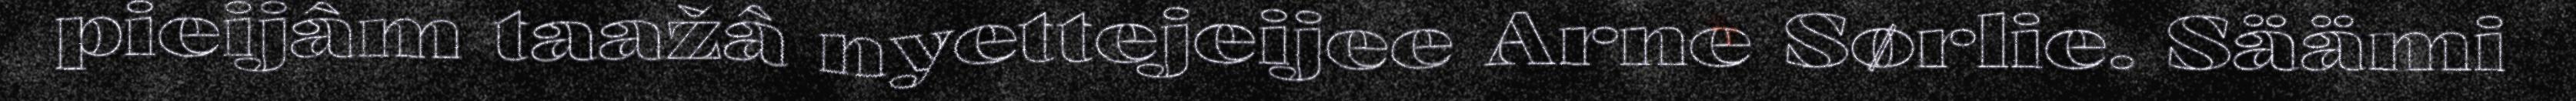
pieijâm taažâ nyettejeijee Arne Sørlie. Säämi